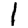
Digit: 1